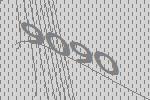
9090